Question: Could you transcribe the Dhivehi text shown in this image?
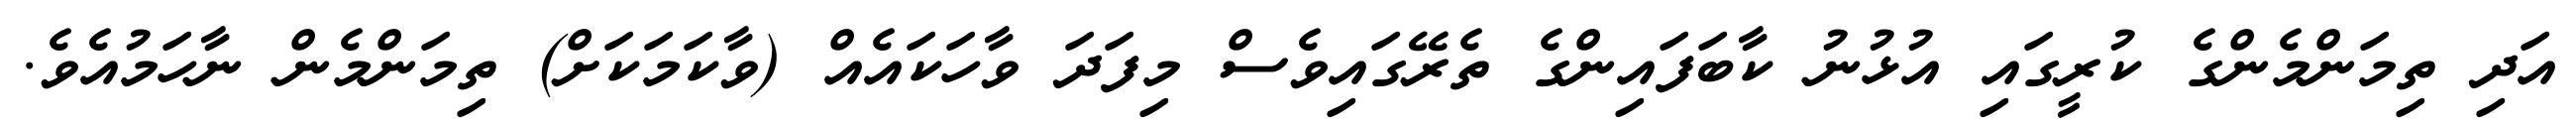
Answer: އަދި ތިމަންމެންގެ ކުރީގައި އުޅުނު ކާބަފައިންގެ ތެރޭގައިވެސް މިފަދަ ވާހަކައެއް (ވާކަމަކަށް) ތިމަންމެން ނާހަމުއެވެ.